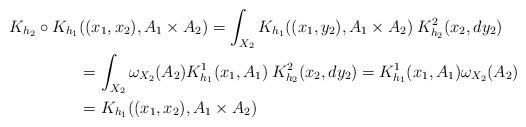
LaTeX: \begin{align*}K_{h_2}\circ K_{h_1}&((x_1,x_2), A_1\times A_2)= \int_{X_2}K_{h_1}((x_1,y_2), A_1\times A_2)\> K_{h_2}^2(x_2,dy_2)\\&=\int_{X_2} \omega_{X_2}(A_2) K_{h_1}^1(x_1,A_1)\> K_{h_2}^2(x_2,dy_2) = K_{h_1}^1(x_1,A_1) \omega_{X_2}(A_2)\\&=K_{h_1}((x_1,x_2), A_1\times A_2)\end{align*}